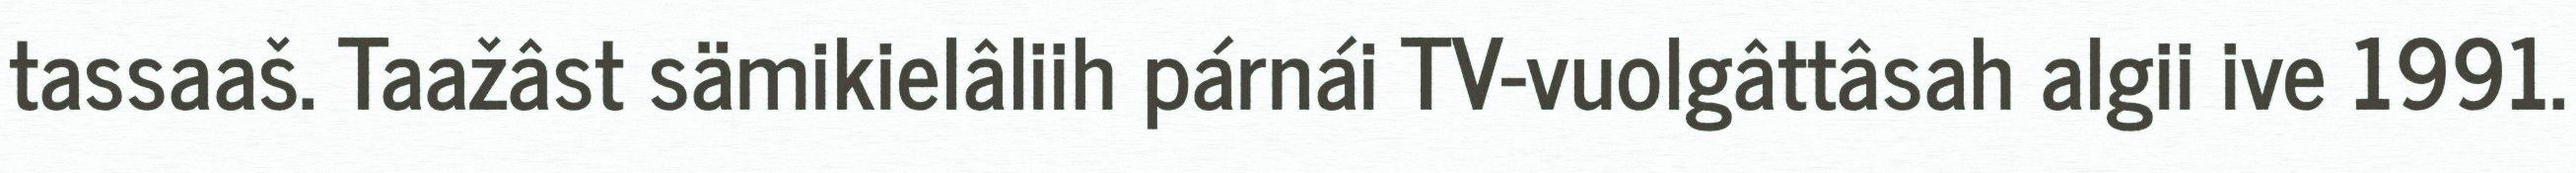
tassaaš. Taažâst sämikielâliih párnái TV-vuolgâttâsah algii ive 1991.